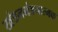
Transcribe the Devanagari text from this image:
खंडनमंडनात्मक